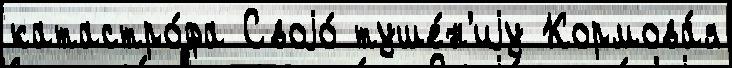
катастро́фа Своjо́ туше́н'иjу Кормова́я